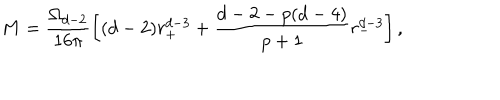
M = \frac { \Omega _ { d - 2 } } { 1 6 \pi } \left[ ( d - 2 ) r _ { + } ^ { d - 3 } + \frac { d - 2 - p ( d - 4 ) } { p + 1 } r _ { - } ^ { d - 3 } \right] ,